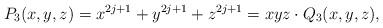
LaTeX: \begin{align*}P_3(x,y,z) = x^{2j+1} + y^{2j+1} + z^{2j+1} = xyz\cdot Q_3(x,y,z),\end{align*}